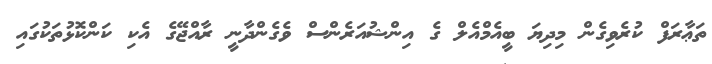
ތަޢާރަފް ކުރެވިގެން މިދިޔަ ބީއެމްއެލް ގެ އިންޝުއަރެންސް ވެގެންދާނީ ރާއްޖޭގެ އެކި ކަންކޮޅުތަކުގައި